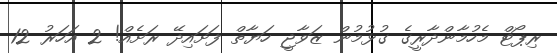
ރިޕޯޓް މެހުމާންދާރީގެ ގުޅުމުން ޒަވާޖީ ހަޔާތް ފަށައިދޭ ރަށެއް! 2 އަހަރު 12